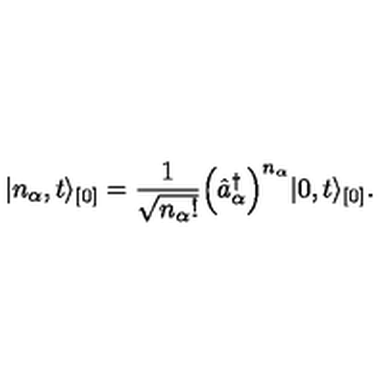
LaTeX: \vert n _ { \alpha } , t \rangle _ { [ 0 ] } = \frac { 1 } { \sqrt { n _ { \alpha } ! } } \Bigl ( \hat { a } _ { \alpha } ^ { \dagger } \Bigr ) ^ { n _ { \alpha } } \vert 0 , t \rangle _ { [ 0 ] } .